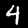
Label: 4